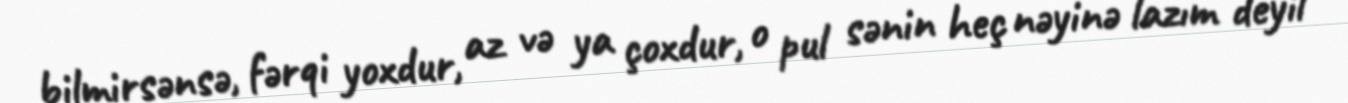
bilmirsənsə, fərqi yoxdur, az və ya çoxdur, o pul sənin heç nəyinə lazım deyil